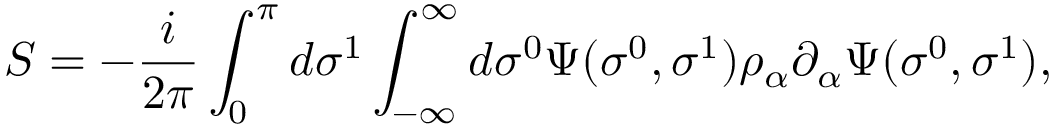
S = - \frac { i } { 2 \pi } \int _ { 0 } ^ { \pi } d \sigma ^ { 1 } \int _ { - \infty } ^ { \infty } d \sigma ^ { 0 } \Psi ( \sigma ^ { 0 } , \sigma ^ { 1 } ) \rho _ { \alpha } \partial _ { \alpha } \Psi ( \sigma ^ { 0 } , \sigma ^ { 1 } ) ,